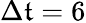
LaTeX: \Delta\mathfrak{t}=6